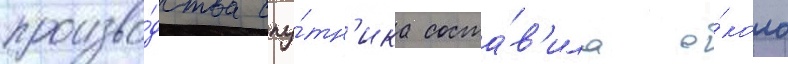
произво́дства спу́тн'ика соста́в'ила о́коло